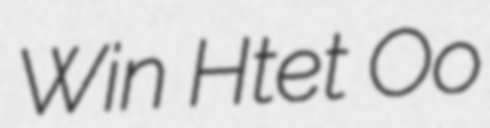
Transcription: Win Htet Oo